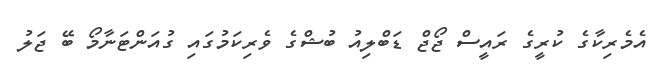
އެމެރިކާގެ ކުރީގެ ރައީސް ޖޯޖް ޑަބްލިއު ބުޝްގެ ވެރިކަމުގައި ގުއަންޓަނާމޯ ބޭ ޖަލު